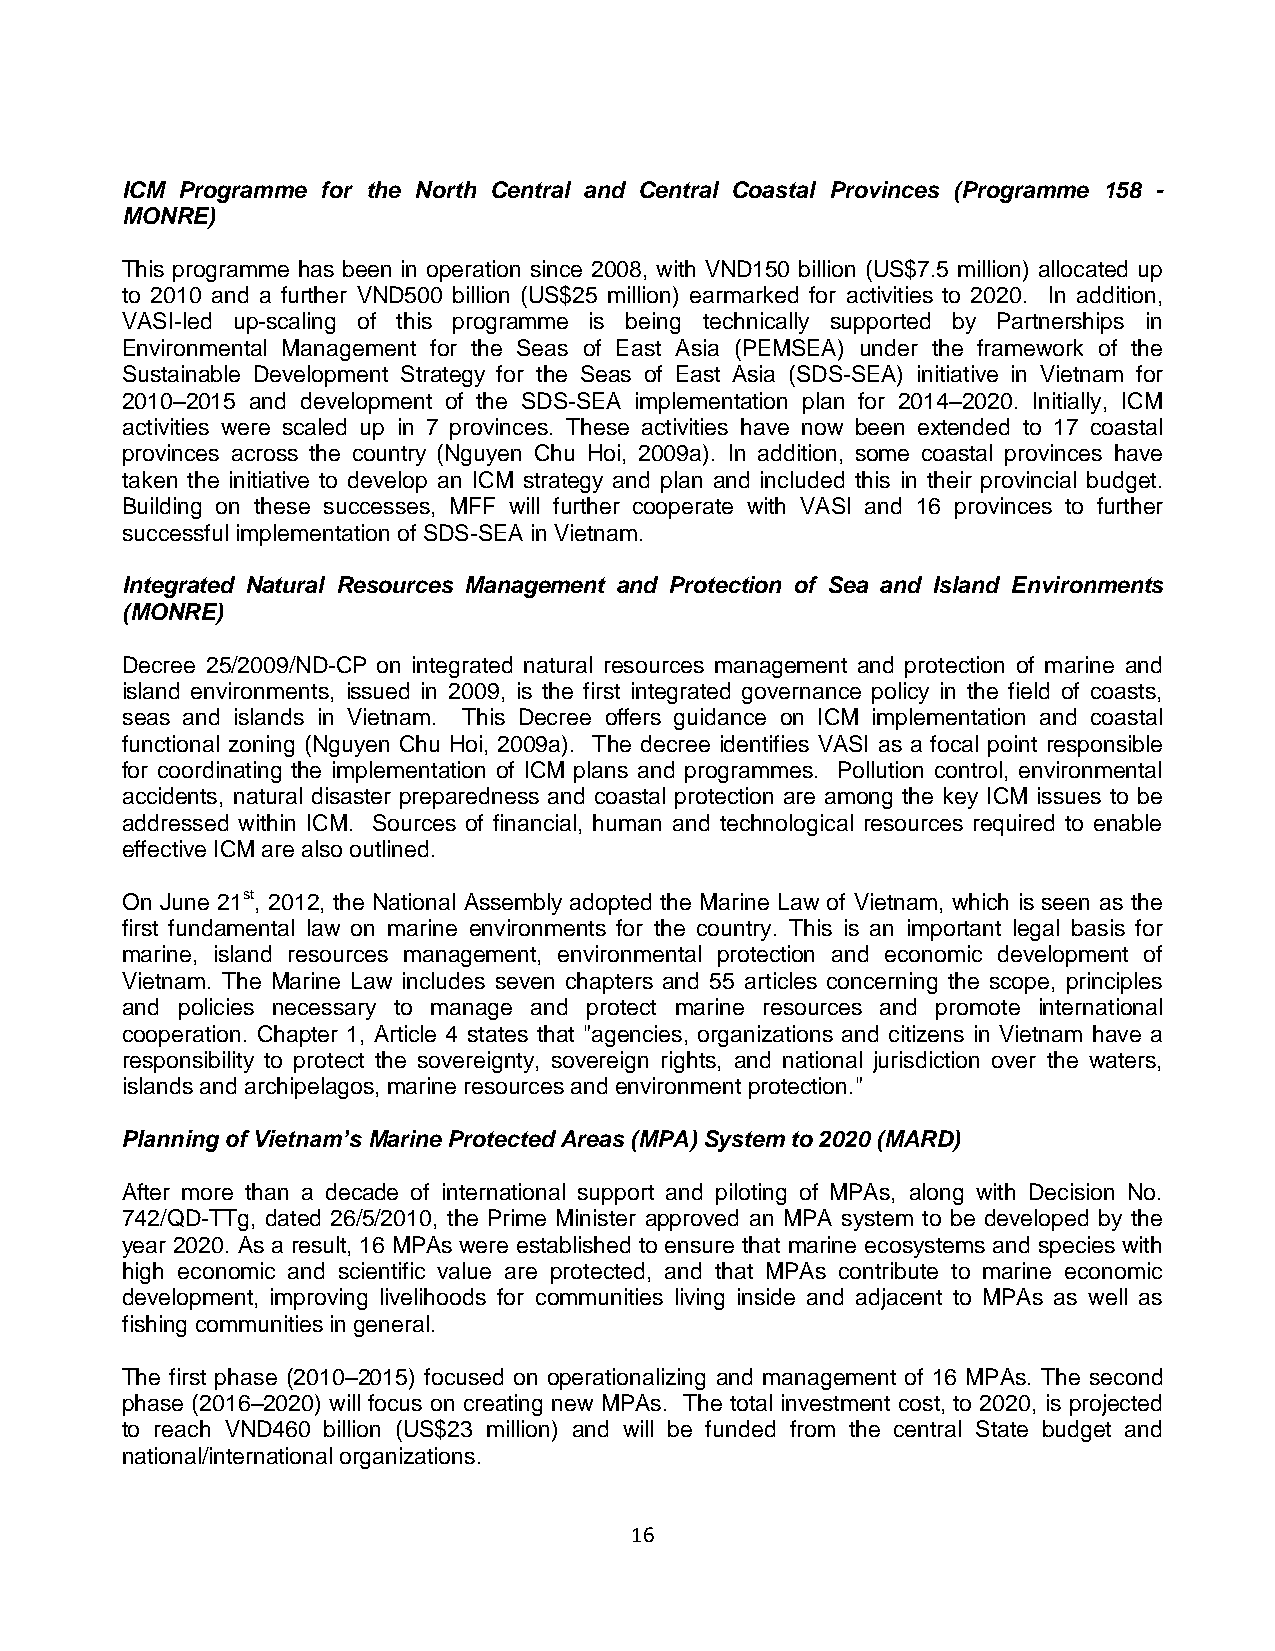
ICM Programme for the North Central and Central Coastal Provinces (Programme 158 -
 MONRE)
 This programme has been in operation since 2008, with VND150 billion (US$7.5 million) allocated up
 to 2010 and a further VND500 billion (US$25 million) earmarked for activities to 2020. In addition,
 VASI-led up-scaling of this programme is being technically supported by Partnerships in
 Environmental Management for the Seas of East Asia (PEMSEA) under the framework of the
 Sustainable Development Strategy for the Seas of East Asia (SDS-SEA) initiative in Vietnam for
 2010–2015 and development of the SDS-SEA implementation plan for 2014–2020. Initially, ICM
 activities were scaled up in 7 provinces. These activities have now been extended to 17 coastal
 provinces across the country (Nguyen Chu Hoi, 2009a). In addition, some coastal provinces have
 taken the initiative to develop an ICM strategy and plan and included this in their provincial budget.
 Building on these successes, MFF will further cooperate with VASI and 16 provinces to further
 successful implementation of SDS-SEA in Vietnam.
 Integrated Natural Resources Management and Protection of Sea and Island Environments
 (MONRE)
 Decree 25/2009/ND-CP on integrated natural resources management and protection of marine and
 island environments, issued in 2009, is the first integrated governance policy in the field of coasts,
 seas and islands in Vietnam. This Decree offers guidance on ICM implementation and coastal
 functional zoning (Nguyen Chu Hoi, 2009a). The decree identifies VASI as a focal point responsible
 for coordinating the implementation of ICM plans and programmes. Pollution control, environmental
 accidents, natural disaster preparedness and coastal protection are among the key ICM issues to be
 addressed within ICM. Sources of financial, human and technological resources required to enable
 effective ICM are also outlined.
 On June 21st, 2012, the National Assembly adopted the Marine Law of Vietnam, which is seen as the
 first fundamental law on marine environments for the country. This is an important legal basis for
 marine, island resources management, environmental protection and economic development of
 Vietnam. The Marine Law includes seven chapters and 55 articles concerning the scope, principles
 and policies necessary to manage and protect marine resources and promote international
 cooperation. Chapter 1, Article 4 states that "agencies, organizations and citizens in Vietnam have a
 responsibility to protect the sovereignty, sovereign rights, and national jurisdiction over the waters,
 islands and archipelagos, marine resources and environment protection."
 Planning of Vietnam’s Marine Protected Areas (MPA) System to 2020 (MARD)
 After more than a decade of international support and piloting of MPAs, along with Decision No.
 742/QD-TTg, dated 26/5/2010, the Prime Minister approved an MPA system to be developed by the
 year 2020. As a result, 16 MPAs were established to ensure that marine ecosystems and species with
 high economic and scientific value are protected, and that MPAs contribute to marine economic
 development, improving livelihoods for communities living inside and adjacent to MPAs as well as
 fishing communities in general.
 The first phase (2010–2015) focused on operationalizing and management of 16 MPAs. The second
 phase (2016–2020) will focus on creating new MPAs. The total investment cost, to 2020, is projected
 to reach VND460 billion (US$23 million) and will be funded from the central State budget and
 national/international organizations.
 16